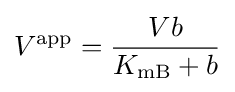
V^{\mathrm {app} }={\dfrac {Vb}{K_{\mathrm {mB} }+b}}